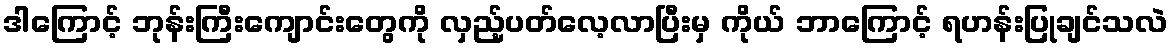
ဒါကြောင့် ဘုန်းကြီးကျောင်းတွေကို လှည့်ပတ်လေ့လာပြီးမှ ကိုယ် ဘာကြောင့် ရဟန်းပြုချင်သလဲ